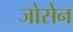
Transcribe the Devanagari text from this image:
जोसेन